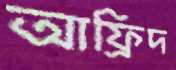
আফ্রিদ